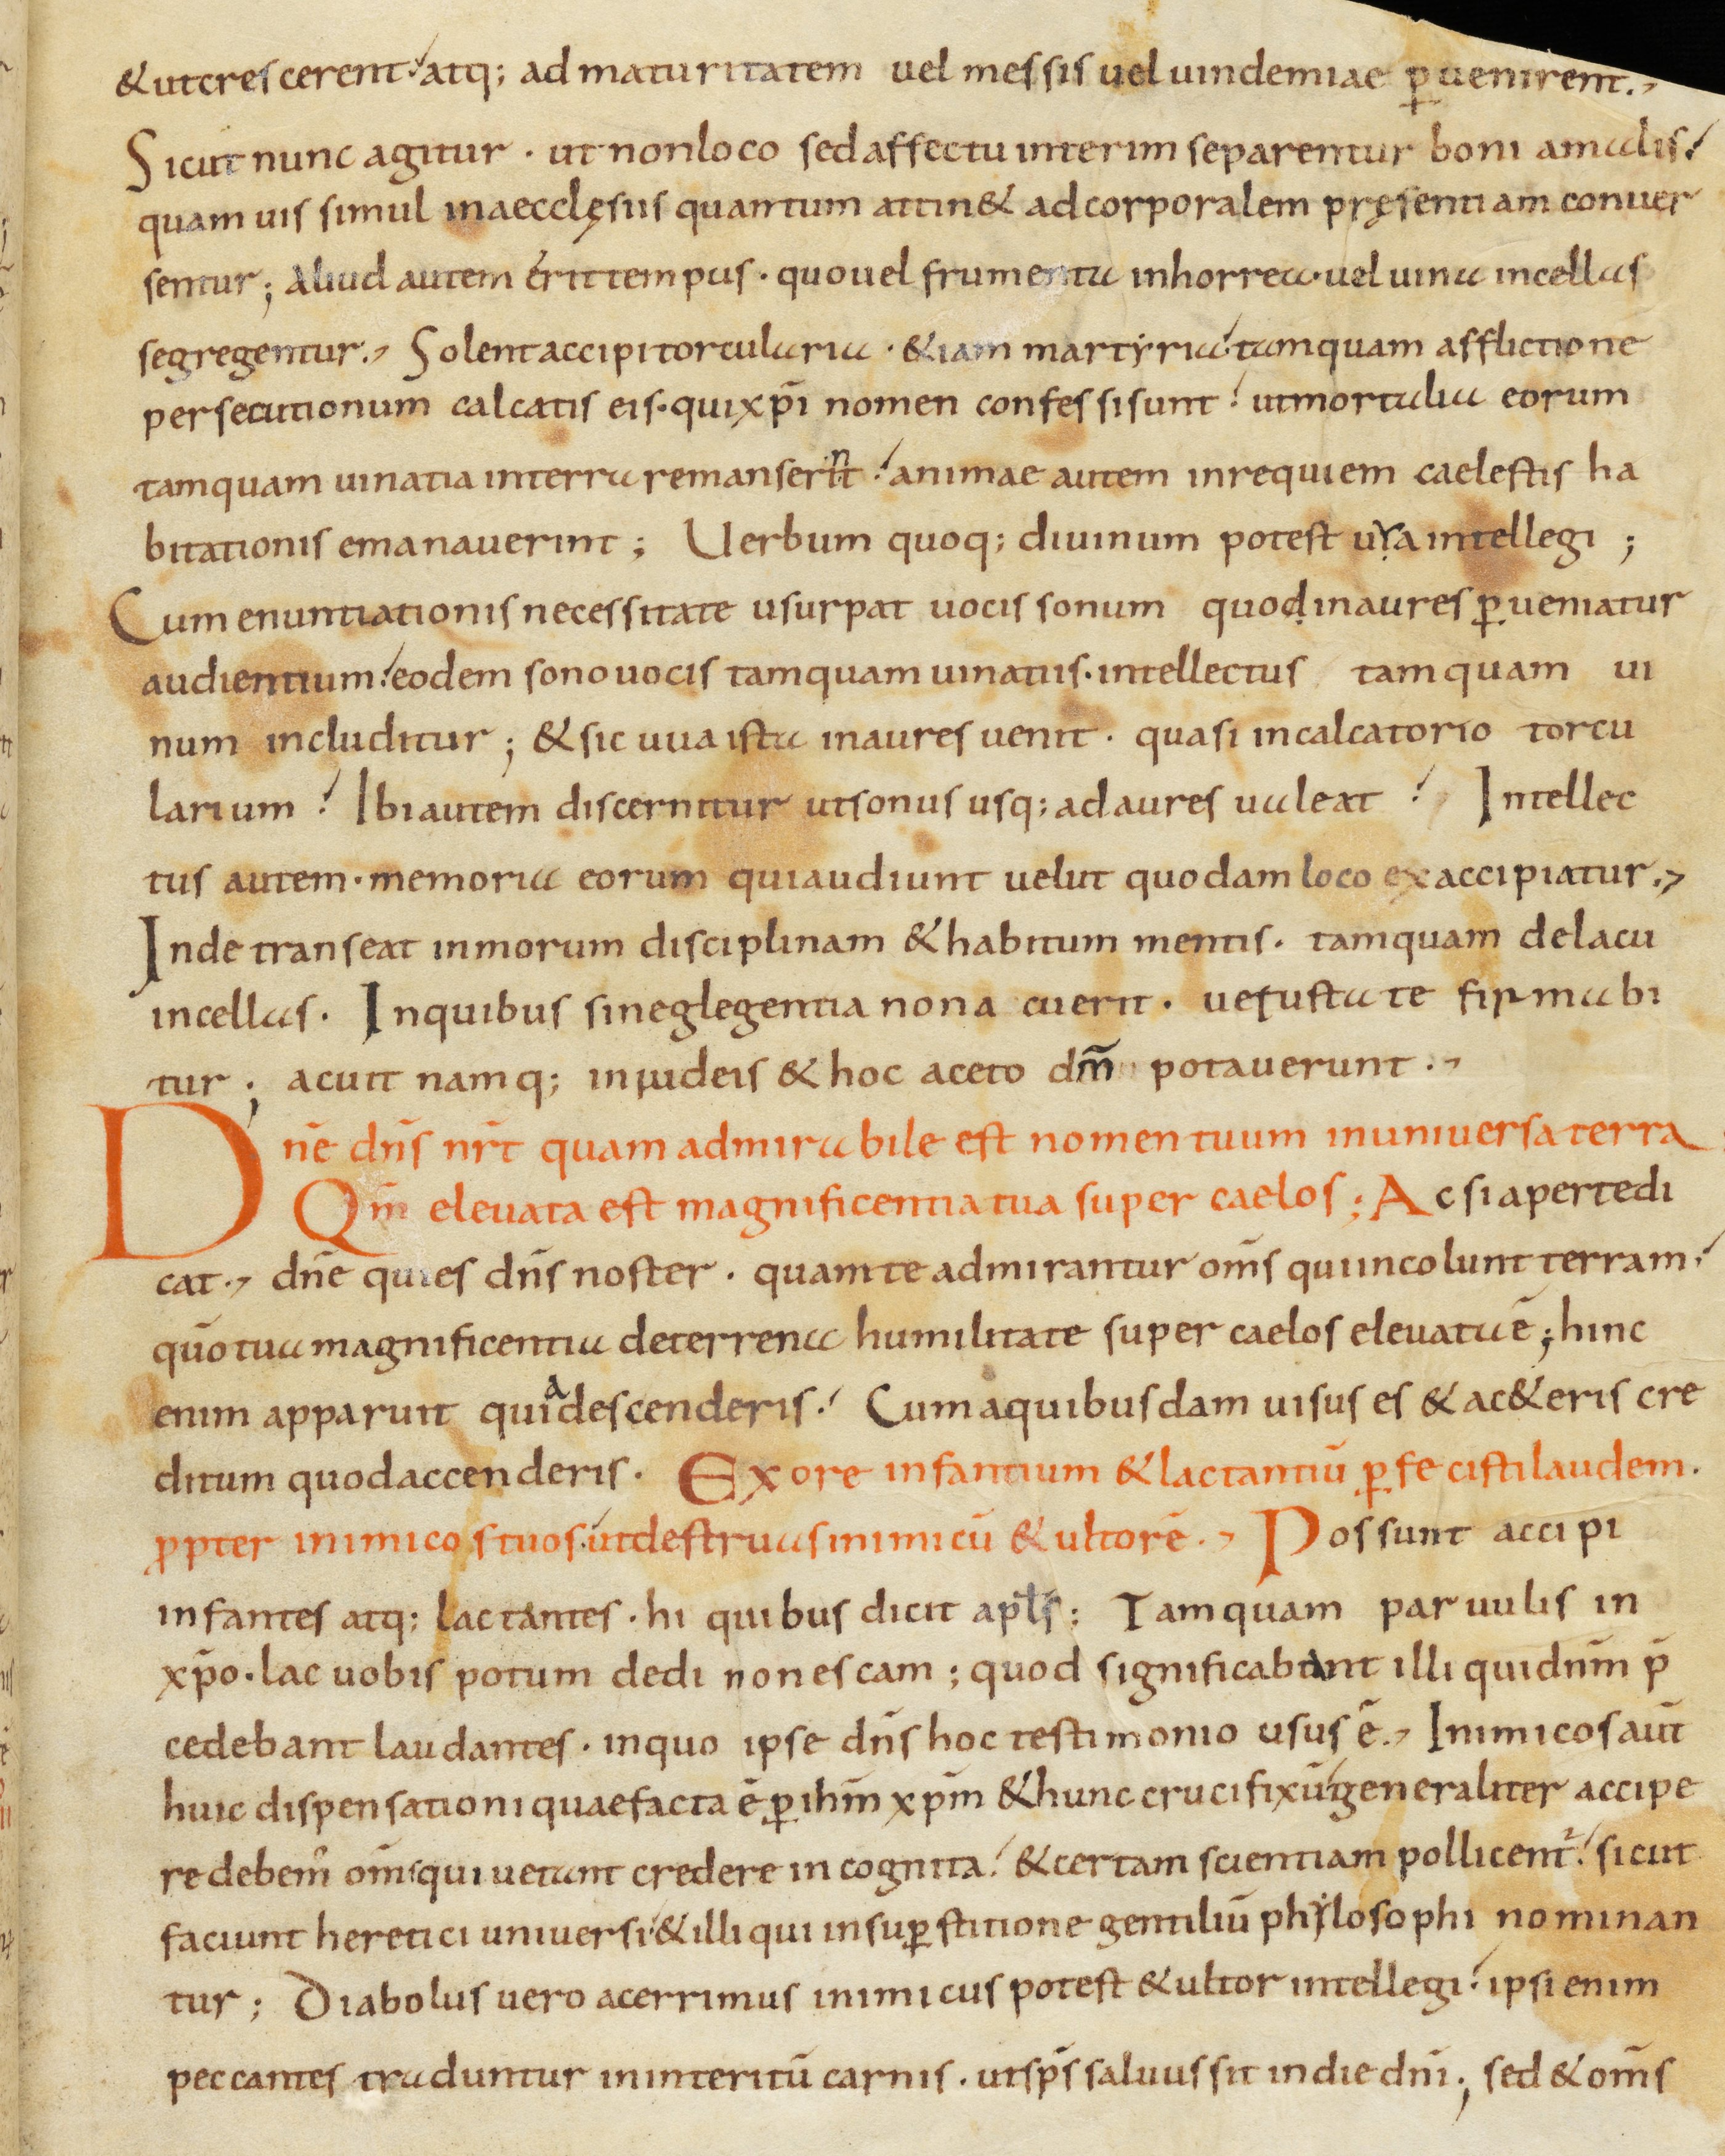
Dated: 800–899